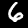
Digit: 6